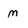
Character: m